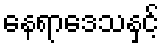
နေရာဒေသနှင့်